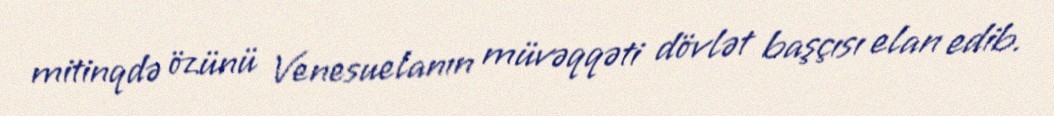
mitinqdə özünü Venesuelanın müvəqqəti dövlət başçısı elan edib.